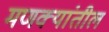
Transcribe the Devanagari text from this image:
मणक्यांतील